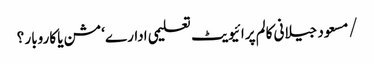
/مسعود جیلانی	کالم	پرائیویٹ تعلیمی ادارے‘مشن یا کاروبار ؟